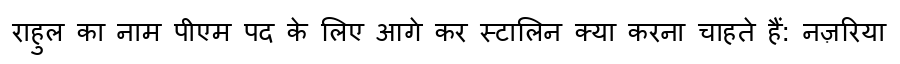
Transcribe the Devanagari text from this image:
राहुल का नाम पीएम पद के लिए आगे कर स्टालिन क्या करना चाहते हैं: नज़रिया